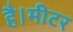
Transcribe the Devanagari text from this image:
है।मीटर